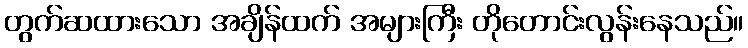
တွက်ဆထားသော အချိန်ထက် အများကြီး တိုတောင်းလွန်းနေသည်။